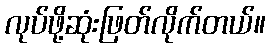
လုပ်ဖို့ဆုံးဖြတ်လိုက်တယ်။